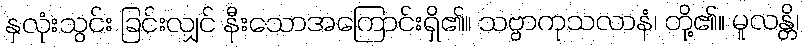
နှလုံးသွင်း ခြင်းလျှင် နီးသောအကြောင်းရှိ၏။ သဗ္ဗာကုသလာနံ၊ တို့၏။ မူလန္တိ၊